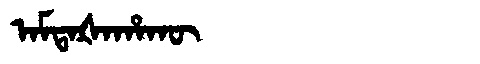
Manchu: ᠠᠮᡨᠠᡧᠠᡥᠠᡴᡡ
Romanization: AMTAŠAHAKŪ